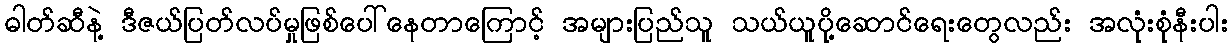
ဓါတ်ဆီနဲ့ ဒီဇယ်ပြတ်လပ်မှုဖြစ်ပေါ်နေတာကြောင့် အများပြည်သူ သယ်ယူပို့ဆောင်ရေးတွေလည်း အလုံးစုံနီးပါး